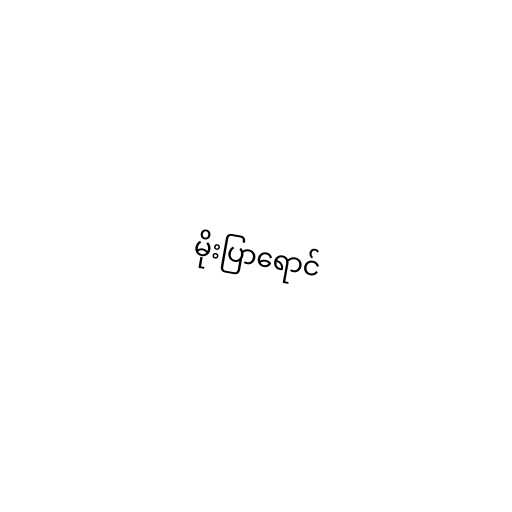
မိုးပြာရောင်